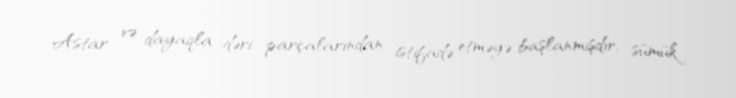
Astar və dayaqla dəri parçalarından istifadə etməyə başlanmışdır, sümük